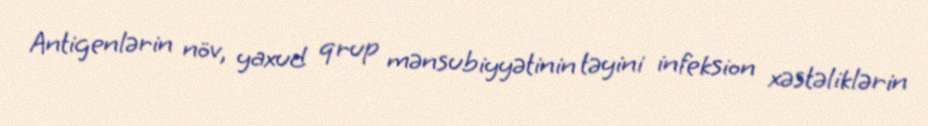
Antigenlərin növ, yaxud qrup mənsubiyyətinin təyini infeksion xəstəliklərin